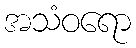
အသံဝရော